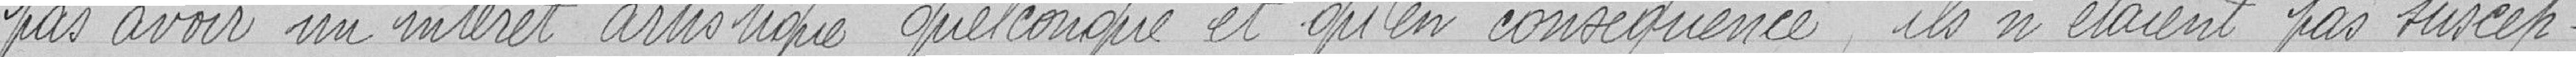
pas avoir un intérêt artistique et qu'en conséquence, ils n'étaient pas suscep-